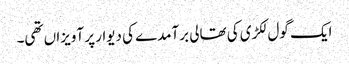
ایک گول لکڑی کی تھالی برآمدے کی دیوار پر آویزاں تھی۔